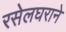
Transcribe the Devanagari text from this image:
रसेलघराने